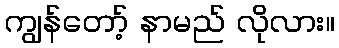
ကျွန်တော့် နာမည် လိုလား။